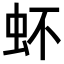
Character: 𧉈